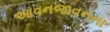
આવનજાવનના